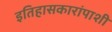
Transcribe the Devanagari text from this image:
इतिहासकारांपाशी